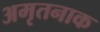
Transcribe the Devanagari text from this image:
अमृतनाक